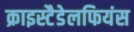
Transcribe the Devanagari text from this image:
क्राइस्टैडेलफियंस